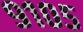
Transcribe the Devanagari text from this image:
९१०५